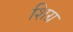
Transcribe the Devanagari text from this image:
शिग्र